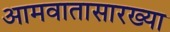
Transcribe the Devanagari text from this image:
आमवातासारख्या